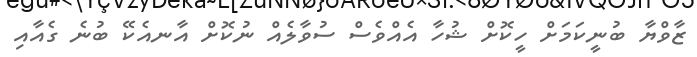
ޒާވްޔާ ބުނީކަމަށް ހީކޮށް ޝުހާ އެއްވެސް ސުވާލެއް ނުކޮށް އާނއެކޭ ބުނެ ގެއާއި